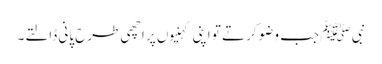
نبی ﷺ جب وضو کرتے تو اپنی کہنیوں پر اچھی طرح پانی ڈالتے۔